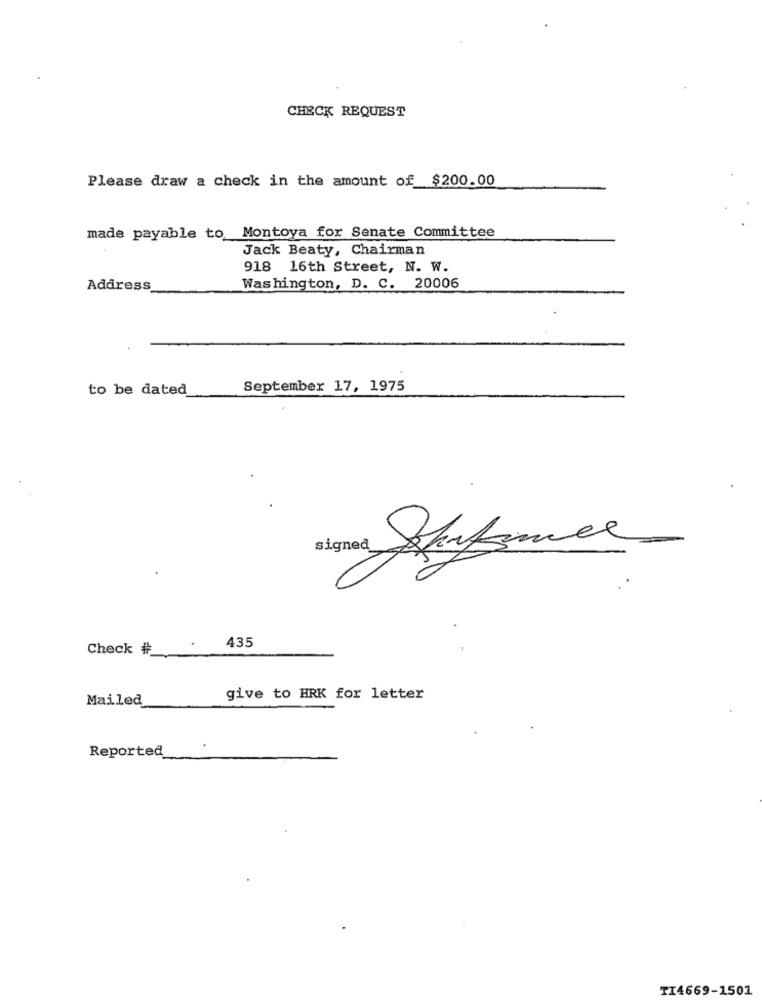
CHECK REQUEST
Please draw a check in the amount of $200.00
made payable to Montoya for Senate Committee
Jack Beaty, Chairman
918 16th Street, N. W.
Address
Washington, D. C. 20006
to be dated
September 17, 1975
signed
Check #_
435
Mailed
give to HRK for letter
Reported
TI4669-1501